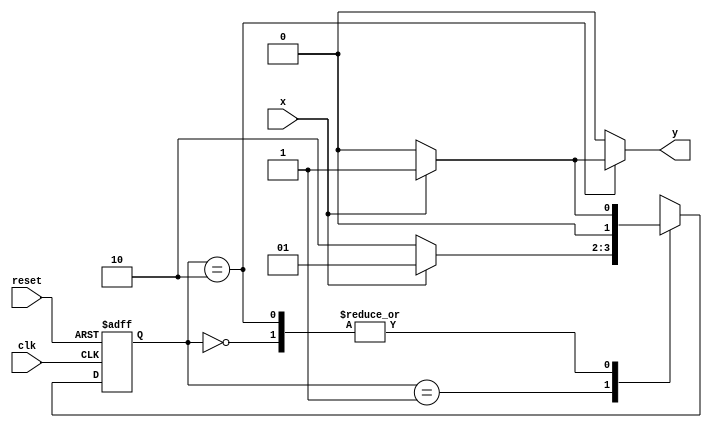
// ---------------------
// AC1 - 20/10/2010
//	Guia 11 - v 0.1
//
// Nome: Gustavo Guimares
// ---------------------

// --------------
// --- Mealy 101
// --------------

// constant definitions
`define found    1
`define notfound 0

// Modulo para Mealy 101
module mealy2 ( y, x, clk, reset );
 output y;
 input  x;
 input  clk;
 input  reset;

 reg    y;

 parameter         // state identifiers 
   start  = 2'b00,
   id1    = 2'b01,
   id10   = 2'b10;

   reg [1:0] E1;	// current state variables
   reg [1:0] E2;	// next state logic output

// next state logic
   always @( x or E1 )
    begin
     y = `notfound;
     case ( E1 )
      start:
        if ( x )
         E2 = id1;
        else
         E2 = start;
      id1:
        if ( x )
         E2 = id1;
        else
         E2 = id10;
      id10:
        if ( x )
	 begin
	   E2 =  id1;
	   y  = `found;
	 end
	else
	 begin
	   E2 =  start;
	   y  = `notfound;
	 end
      default:   // undefined state
           E2 =  2'bxx;
     endcase
    end // always at signal or state changing

// state variables
   always @( posedge clk or negedge reset )
    begin
     if ( reset )
      E1 = E2;    // updates current state
     else
      E1 = 0;     // reset
    end // always at signal changing

endmodule

// --------------------
// --- TESTE
// --------------------
//
module mealytest;
 reg   clk, reset, x;
 wire  m1;

 mealy2 M2 ( m1, x, clk, reset );

 initial
  begin
   $display ( "Guia11 - Gustavo Guimares - 405804" );
   $display ( "Time     X   Mealy" );

// initial values
       clk   = 1;
       reset = 0;
       x     = 0;

// input signal changing
  #5   reset = 1;
  #10  x = 0;
  #10  x = 1;
  #10  x = 0;
  #10  x = 1;
  #10  x = 0;
  #10  x = 1;
  #10  x = 0;
  #10  x = 0;

  #30 $finish;
 end // initial

 always
  #5 clk = ~clk;

 always @( posedge clk )
  begin
   $display ( "%4d  %4b  %4b", $time, x, m1 );
  end // always at positive edge clocking changing

endmodule